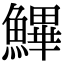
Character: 𩺷